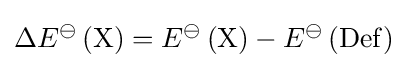
\Delta E^{\ominus }\left({\ce {X}}\right)=E^{\ominus }\left({\ce {X}}\right)-E^{\ominus }\left({\ce {Def}}\right)